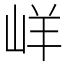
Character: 㟄